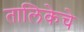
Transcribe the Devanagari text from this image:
तालिकेचे